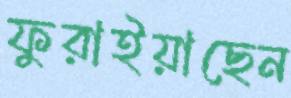
ফুরাইয়াছেন